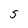
Character: S